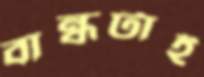
বান্ধটাই